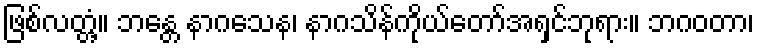
ဖြစ်လတ္တံ့။ ဘန္တေ နာဂသေန၊ နာဂသိန်ကိုယ်တော်အရှင်ဘုရား။ ဘဂဝတာ၊